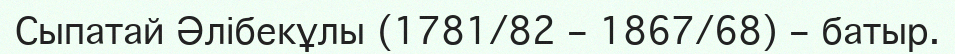
Сыпатай Әлібекұлы (1781/82 – 1867/68) – батыр.